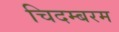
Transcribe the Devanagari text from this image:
चिदम्‍बरम